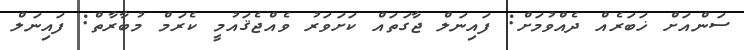
ސަންއަށް ޚަބަރެއް ދެއްވުމަށް: ފައިނަލް ޖާގަތައް ކަށަވަރު ވެއްޖެޤައުމީ ކެރަމް މުބާރާތް: ފައިނަލް